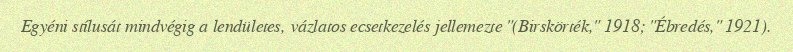
Egyéni stílusát mindvégig a lendületes, vázlatos ecsetkezelés jellemezte "(Birskörték," 1918; "Ébredés," 1921).